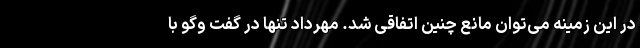
در این زمینه می‌توان مانع چنین اتفاقی شد. مهرداد تنها در گفت وگو با